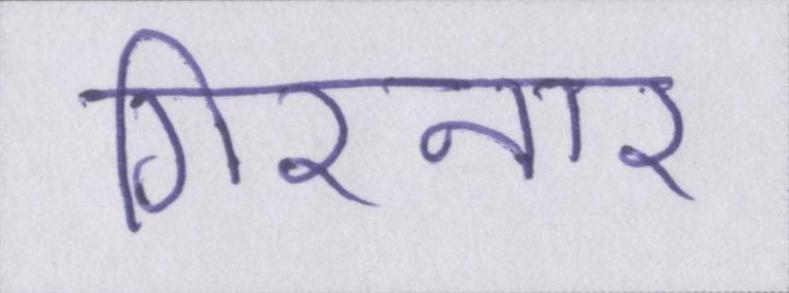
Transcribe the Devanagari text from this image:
गिरनार